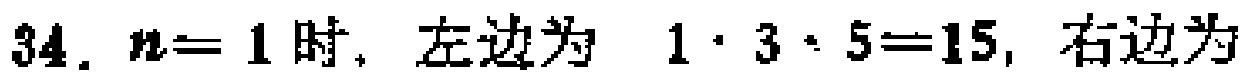
34. \(n = 1\)时，左边为 \(1\cdot3\cdot5 = 15\)，右边为